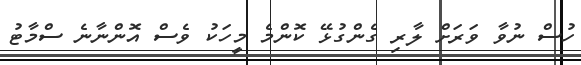
ހުސް ނުވާ ވަރަށް ލާރި ގެންގުޅޭ ކޮންމެ މީހަކު ވެސް އޮންނާނެ ސްމާޓު